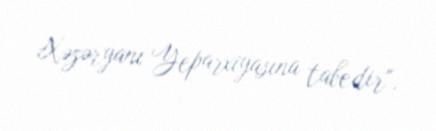
Xəzəryanı Yeparxiyasına tabedir".